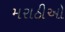
મરાઠીઓ